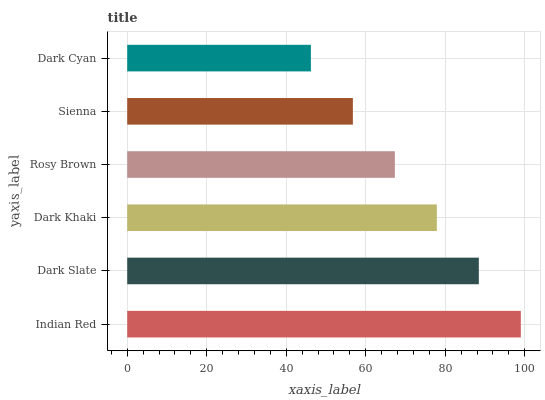
| yaxis_label | bars |
 | --- | --- |
 | Indian Red | 99 |
 | Dark Slate | 88.4 |
 | Dark Khaki | 77.9 |
 | Rosy Brown | 67.3 |
 | Sienna | 56.8 |
 | Dark Cyan | 46.2 |